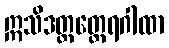
ဣသိဒတ္တတ္ထေရဂါထာ